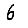
Digit: 6